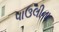
પાઉલીના